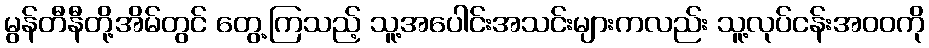
မွန်တီနီတို့အိမ်တွင် တွေ့ကြသည့် သူ့အပေါင်းအသင်းများကလည်း သူ့လုပ်ငန်းအဝဝကို